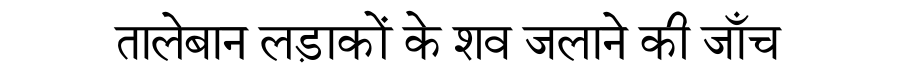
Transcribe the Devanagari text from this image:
तालेबान लड़ाकों के शव जलाने की जाँच